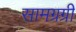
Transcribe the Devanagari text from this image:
सामग्रग्री